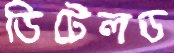
ডিটেলড